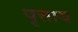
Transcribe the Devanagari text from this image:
पृत्ताय